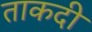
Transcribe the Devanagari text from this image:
ताकदी